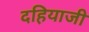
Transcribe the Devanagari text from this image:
दहियाजी